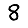
Digit: 8